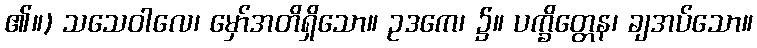
၏။) သသေဝါလေ၊ မှော်အတိရှိသော။ ဥဒကေ၊ ၌။ ပက္ခိတ္တေန၊ ချအပ်သော။